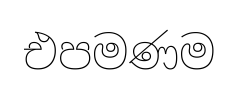
එපමණම